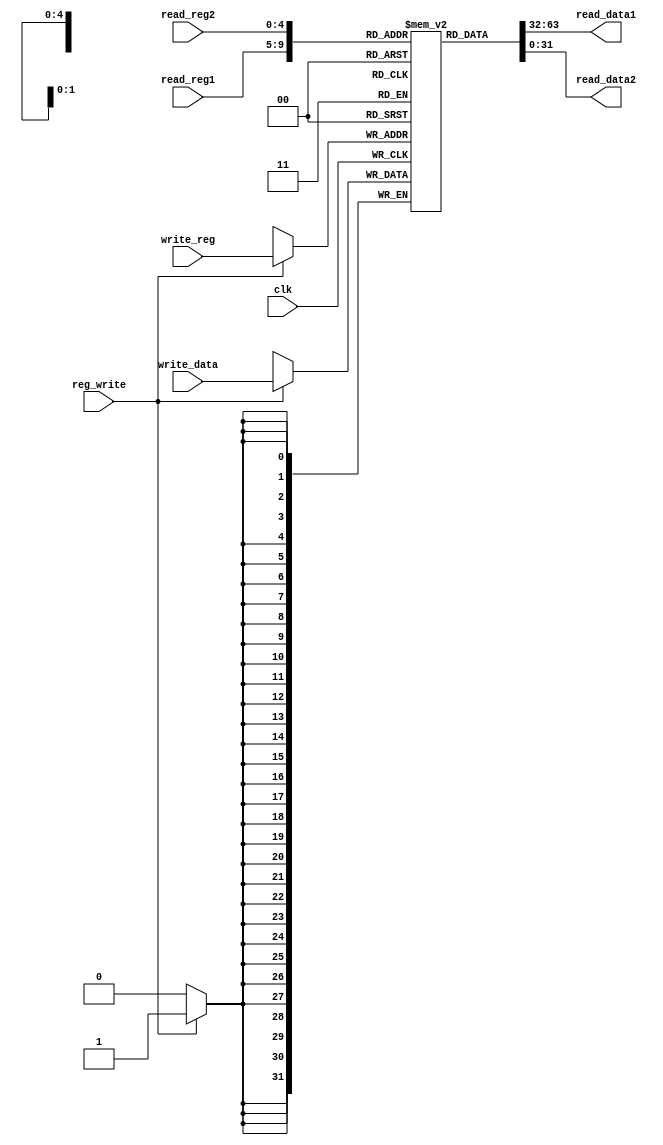
`timescale 1ns / 1ps
//////////////////////////////////////////////////////////////////////////////////
// Company: 
// Engineer: 
// 
// Design Name: 
// Module Name: registers
// Project Name: 
// Target Devices: 
// Tool Versions: 
// Description: 
// 
// Dependencies: 
// 
// Revision:
// Revision 0.01 - File Created
// Additional Comments:
// 
//////////////////////////////////////////////////////////////////////////////////


module registers(input clk, reg_write,
                 input [4:0] read_reg1, read_reg2, write_reg,
                 input [31:0] write_data,
                 output [31:0] read_data1, read_data2
                 );

    reg [31:0] registers [0:31];
    integer i;
    
    //registers[registru][bit]
    initial begin
        for (i = 0; i < 32; i = i + 1)
            registers[i] = i;
    end
    
    always @ (posedge clk) begin
        if (reg_write == 1) begin
            registers[write_reg] = write_data;
        end
    end
    
    assign read_data1 = registers[read_reg1];
    assign read_data2 = registers[read_reg2];
endmodule